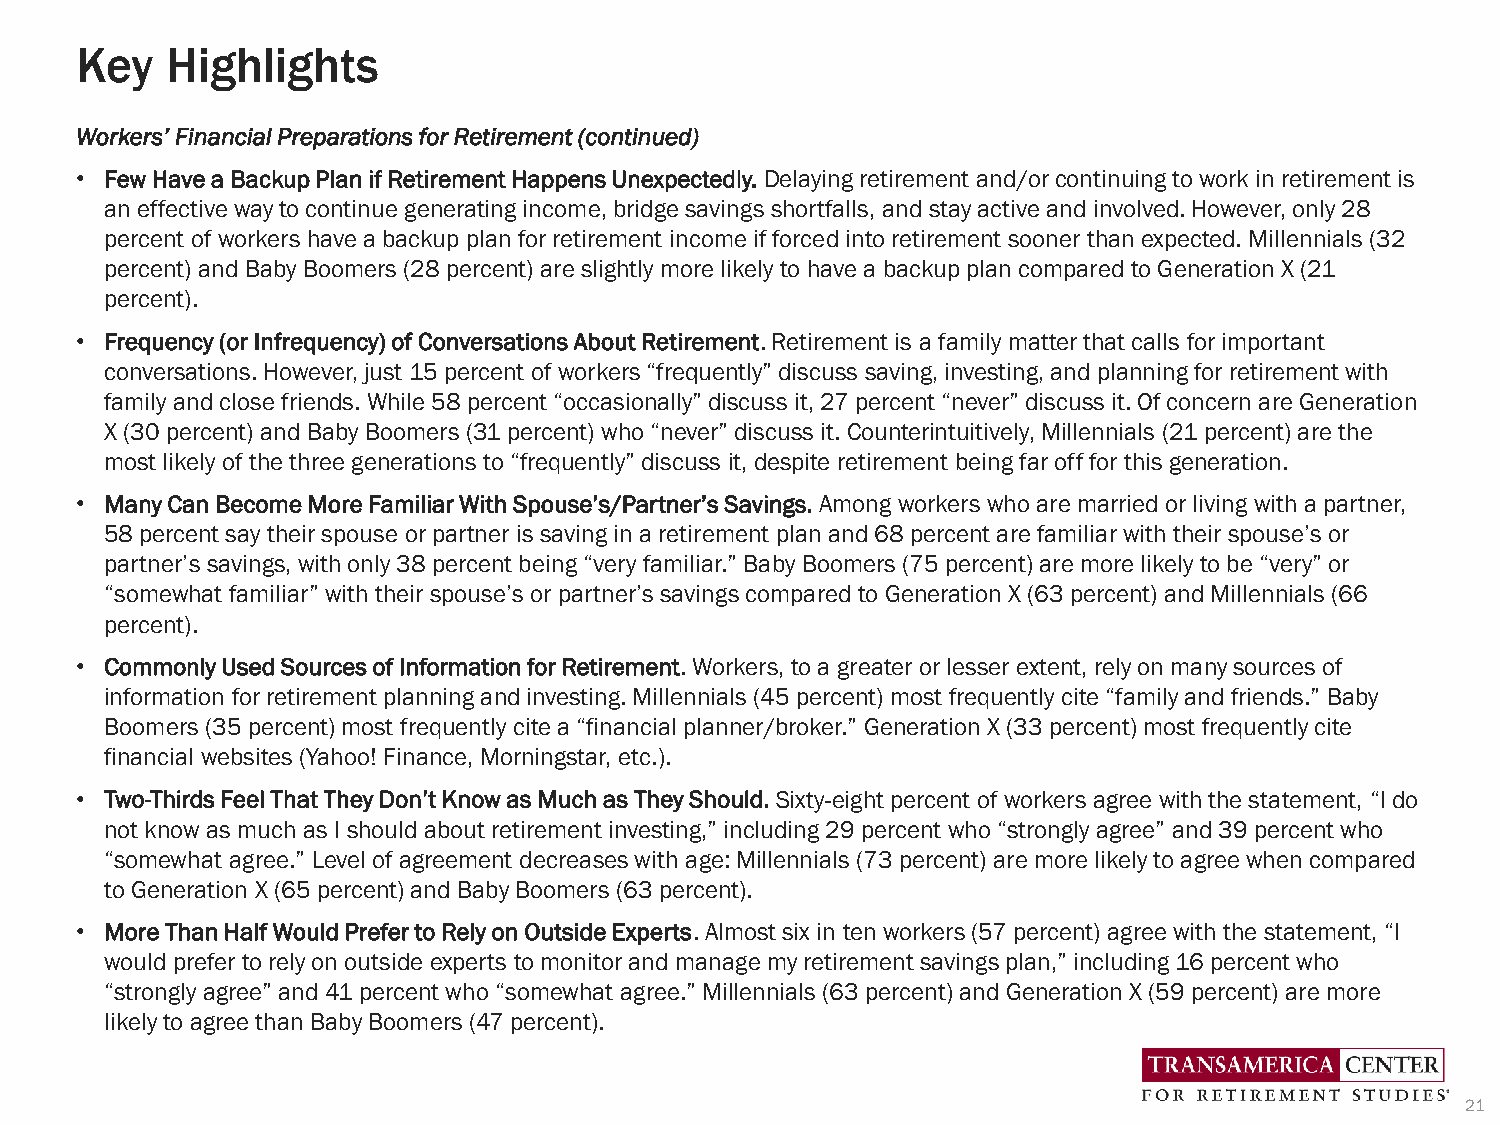
Key   Highlights
 Workers’ Financial Preparations for Retirement (continued)
 • Few Have a Backup Plan if Retirement Happens Unexpectedly. Delaying retirement and/or continuing to work in retirement is
 an effective way to continue generating income, bridge savings shortfalls, and stay active and involved. However, only 28
 percent of workers have a backup plan for retirement income if forced into retirement sooner than expected. Millennials (32
 percent) and Baby Boomers (28 percent) are slightly more likely to have a backup plan compared to Generation X (21
 percent).
 • Frequency (or Infrequency) of Conversations About Retirement. Retirement is a family matter that calls for important
 conversations. However, just 15 percent of workers “frequently” discuss saving, investing, and planning for retirement with
 family and close friends. While 58 percent “occasionally” discuss it, 27 percent “never” discuss it. Of concern are Generation
 X (30 percent) and Baby Boomers (31 percent) who “never” discuss it. Counterintuitively, Millennials (21 percent) are the
 most likely of the three generations to “frequently” discuss it, despite retirement being far off for this generation.
 • Many Can Become More Familiar With Spouse’s/Partner’s Savings. Among workers who are married or living with a partner,
 58 percent say their spouse or partner is saving in a retirement plan and 68 percent are familiar with their spouse’s or
 partner’s savings, with only 38 percent being “very familiar.” Baby Boomers (75 percent) are more likely to be “very” or
 “somewhat familiar” with their spouse’s or partner’s savings compared to Generation X (63 percent) and Millennials (66
 percent).
 • Commonly Used Sources of Information for Retirement. Workers, to a greater or lesser extent, rely on many sources of
 information for retirement planning and investing. Millennials (45 percent) most frequently cite “family and friends.” Baby
 Boomers (35 percent) most frequently cite a “financial planner/broker.” Generation X (33 percent) most frequently cite
 financial websites (Yahoo! Finance, Morningstar, etc.).
 • Two-Thirds Feel That They Don’t Know as Much as They Should. Sixty-eight percent of workers agree with the statement, “I do
 not know as much as I should about retirement investing,” including 29 percent who “strongly agree” and 39 percent who
 “somewhat agree.” Level of agreement decreases with age: Millennials (73 percent) are more likely to agree when compared
 to Generation X (65 percent) and Baby Boomers (63 percent).
 • More Than Half Would Prefer to Rely on Outside Experts. Almost six in ten workers (57 percent) agree with the statement, “I
 would prefer to rely on outside experts to monitor and manage my retirement savings plan,” including 16 percent who
 “strongly agree” and 41 percent who “somewhat agree.” Millennials (63 percent) and Generation X (59 percent) are more
 likely to agree than Baby Boomers (47 percent).
 21